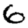
Digit: 6